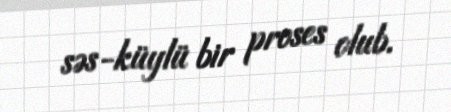
səs-küylü bir proses olub.